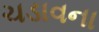
ચડાવના